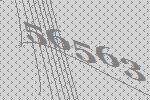
56563